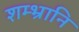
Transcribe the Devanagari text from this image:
शम्भ्रानि